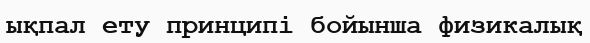
ықпал ету принципі бойынша физикалық